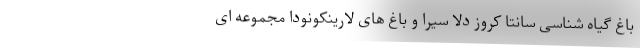
باغ گیاه شناسی سانتا کروز دلا سیرا و باغ های لارینکونودا مجموعه ای